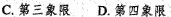
C.第三象限 D.第四象限